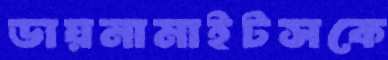
ডায়নামাইটসকে